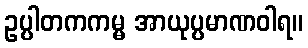
ဥပ္ပါတကကမ္မ အာယုပ္ပမာဏဝါရ။